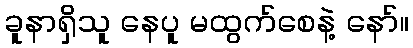
ခူနာရှိသူ နေပူ မထွက်စေနဲ့ နော်။